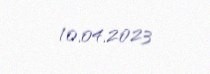
10.04.2023